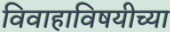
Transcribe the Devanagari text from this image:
विवाहाविषयीच्या